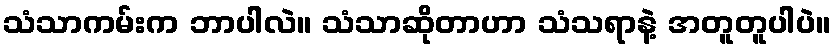
သံသာကမ်းက ဘာပါလဲ။ သံသာဆိုတာဟာ သံသရာနဲ့ အတူတူပါပဲ။